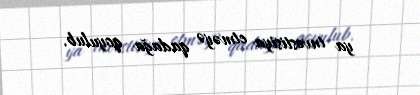
ya investisiya etməyə qadağa qoyulub.